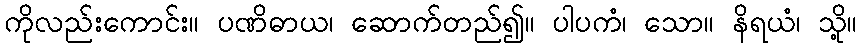
ကိုလည်းကောင်း။ ပဏိဓာယ၊ ဆောက်တည်၍။ ပါပကံ၊ သော။ နိရယံ၊ သို့။